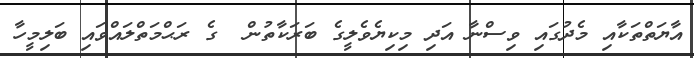
އާޔަތްތަކާއި މެދުގައި ވިސްނާ އަދި މިކިޔެވެލީގެ ބަރަކާތުން  ގެ ރަޙްމަތްލައްވައި ބަލިމީހާ